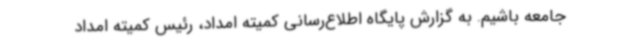
جامعه باشیم. به گزارش پایگاه اطلاع‌رسانی کمیته امداد، رئیس کمیته امداد